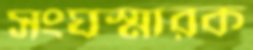
সংঘস্মারক